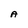
Character: A